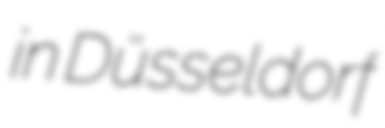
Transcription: in Düsseldorf